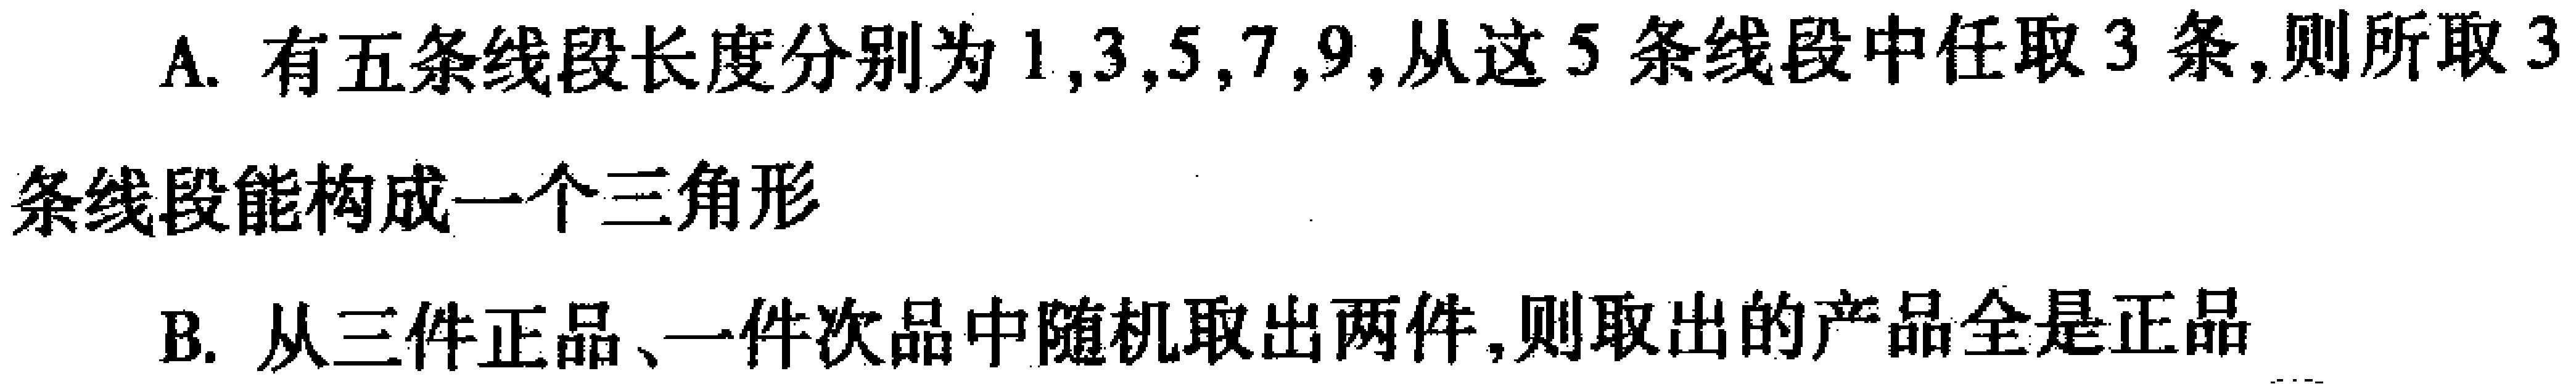
A. 有五条线段长度分别为\(1,3,5,7,9\)，从这\(5\)条线段中任取\(3\)条，则所取\(3\)条线段能构成一个三角形

B. 从三件正品、一件次品中随机取出两件，则取出的产品全是正品